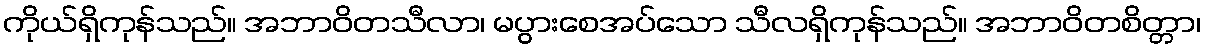
ကိုယ်ရှိကုန်သည်။ အဘာဝိတသီလာ၊ မပွားစေအပ်သော သီလရှိကုန်သည်။ အဘာဝိတစိတ္တာ၊